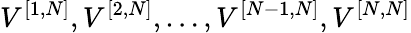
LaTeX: V^{[{1},{N}]},V^{[{2},{N}]},\ldots,V^{[{N-1},{N}]},V^{[{N},{N}]}